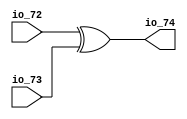

module top
(
    input  io_72,
    input  io_73,
    output io_74
);
    assign io_74 = io_72 ^ io_73;

endmodule